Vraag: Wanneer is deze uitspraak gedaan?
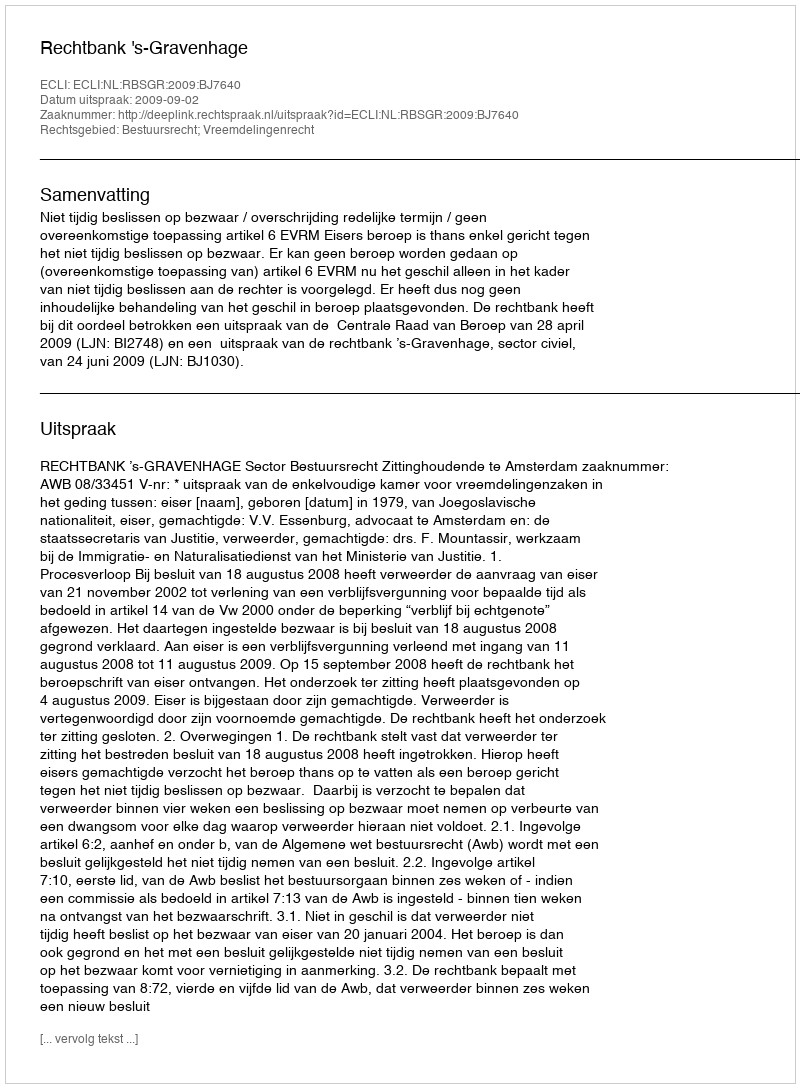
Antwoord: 2009-09-02